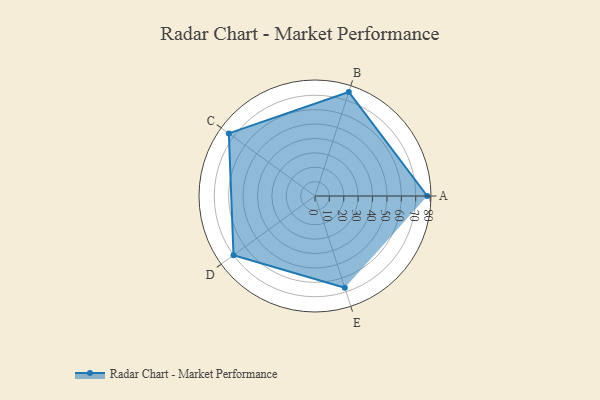
{"axis": {"x": "Skill", "y": "Score"}, "legend": ["Profile"], "data": [{"x": "A", "y": 78.0, "type": "Profile"}, {"x": "B", "y": 76.0, "type": "Profile"}, {"x": "C", "y": 74.0, "type": "Profile"}, {"x": "D", "y": 70.0, "type": "Profile"}, {"x": "E", "y": 67.0, "type": "Profile"}]}